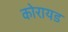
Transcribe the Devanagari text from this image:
कोरायड